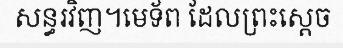
សន្ធរវិញ។មេទ័ព ដែលព្រះស្តេច